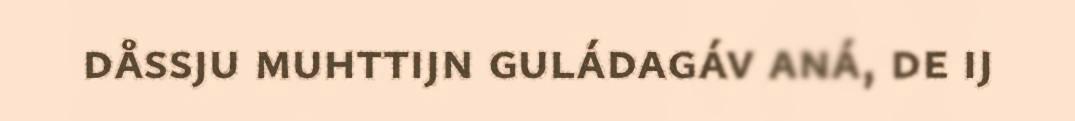
dåssju muhttijn guládagáv aná, de ij